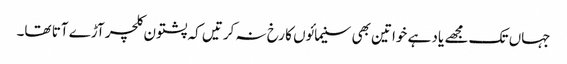
جہاں تک مجھے یاد ہے خواتین بھی سنیمائوں کا رخ نہ کرتیں کہ پشتون کلچر آڑے آتا تھا۔